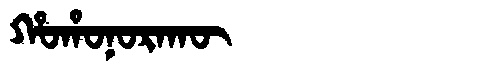
Manchu: ᡥᠣᡥᠣᠨᠣᡵᠠᡴᡡ
Romanization: HOHONORAKŪ